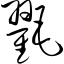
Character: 氍